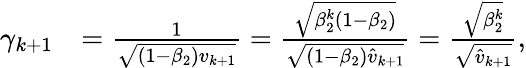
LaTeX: \begin{array}{rl}{\gamma_{k+1}}&{=\frac{1}{\sqrt{\left(1-\beta_{2}\right)v_{k+1}}}=\frac{\sqrt{\beta_{2}^{k}\left(1-\beta_{2}\right)}}{\sqrt{\left(1-\beta_{2}\right)\hat{v}_{k+1}}}=\frac{\sqrt{\beta_{2}^{k}}}{\sqrt{\hat{v}_{k+1}}},}\end{array}